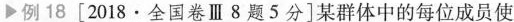
▶例 18 [2018 · 全国卷Ⅲ 8题5分]某群体中的每位成员使